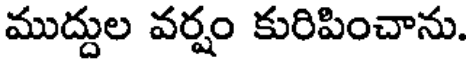
ముద్దుల వర్షం కురిపించాను.